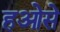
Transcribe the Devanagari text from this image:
हओसे